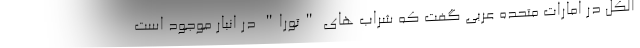
الکل در امارات متحده عربی گفت که شراب های "تورا" در انبار موجود است